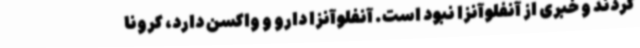
کردند و خبری از آنفلوآنزا نبود است. آنفلوآنزا دارو و واکسن دارد، کرونا